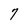
Character: 7